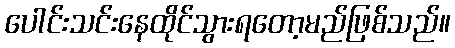
ပေါင်းသင်းနေထိုင်သွားရတော့မည်ဖြစ်သည်။